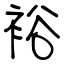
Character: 裕